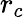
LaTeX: r_{c}